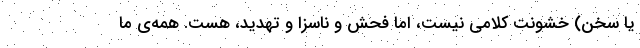
یا سخن) خشونت کلامی نیست، اما فحش و ناسزا و تهدید، هست. همه‌ی ما